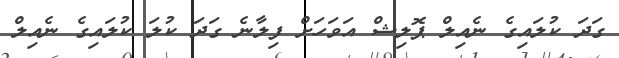
ގަދަ ކުލައިގެ ނެއިލް ޕޮލިޝް އަވަހަށް ފިލާނެ ގަދަ ކުލަ ކުލައިގެ ނެއިލް